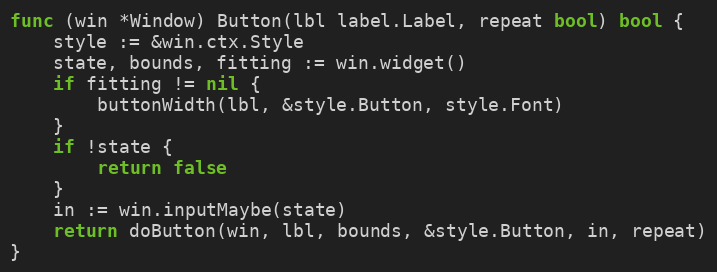
Language: Go
func (win *Window) Button(lbl label.Label, repeat bool) bool {
	style := &win.ctx.Style
	state, bounds, fitting := win.widget()
	if fitting != nil {
		buttonWidth(lbl, &style.Button, style.Font)
	}
	if !state {
		return false
	}
	in := win.inputMaybe(state)
	return doButton(win, lbl, bounds, &style.Button, in, repeat)
}